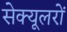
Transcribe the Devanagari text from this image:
सेक्यूलरों